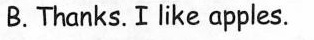
B.Thanks.I like apples.